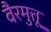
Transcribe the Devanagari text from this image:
वैरमुत्तू